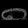
Digit: ၈